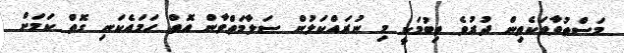
މަސްތުވާތަކެތިން ދުރުވެ ތިބުމަކީ މި ނުރައްކަލުން ސަލާމަތްވާން އޮތް ހަމައެކަނި ގޮތް ކަމަށް